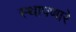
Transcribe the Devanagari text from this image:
स्थापणारे